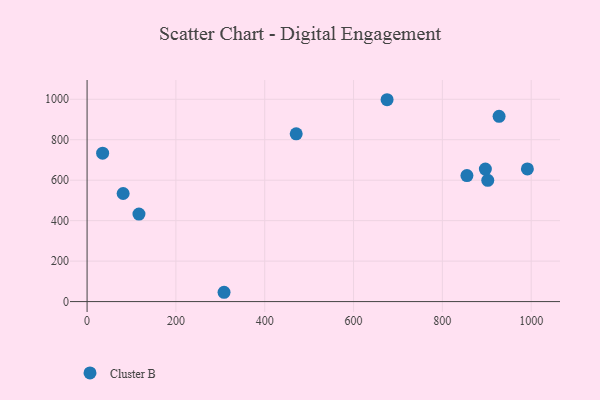
{"axis": {"x": "Price", "y": "Rating"}, "legend": ["Cluster B"], "data": [{"x": "927.7", "y": 915.6, "type": "Cluster B"}, {"x": "991.4", "y": 655.8, "type": "Cluster B"}, {"x": "675.5", "y": 997.6, "type": "Cluster B"}, {"x": "902.2", "y": 599.5, "type": "Cluster B"}, {"x": "896.8", "y": 655.0, "type": "Cluster B"}, {"x": "35.0", "y": 733.2, "type": "Cluster B"}, {"x": "116.8", "y": 432.3, "type": "Cluster B"}, {"x": "308.4", "y": 46.0, "type": "Cluster B"}, {"x": "470.9", "y": 829.2, "type": "Cluster B"}, {"x": "855.3", "y": 622.7, "type": "Cluster B"}, {"x": "81.2", "y": 534.1, "type": "Cluster B"}]}